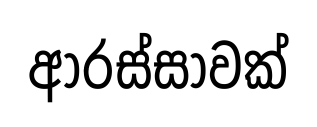
ආරස්සාවක්